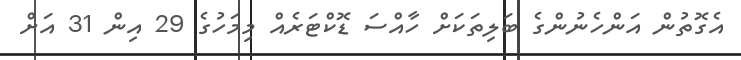
އެގޮތުން އަންހެނުންގެ ބަލިތަކަށް ހާއްސަ ޑޮކްޓަރެއް މިމަހުގެ 29 އިން 31 އަށް